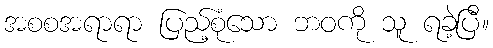
အစစအရာရာ ပြည့်စုံသော ဘဝကို သူ ရခဲ့ပြီ။